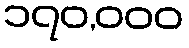
၁၇၀,၀၀၀